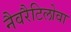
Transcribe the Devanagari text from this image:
नैवरैटिलोवा